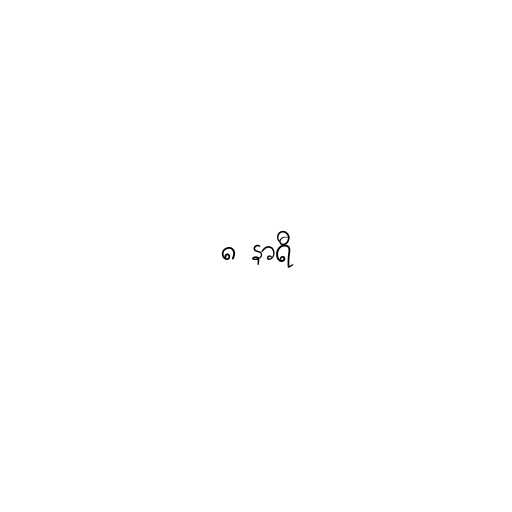
၈ နာရီ